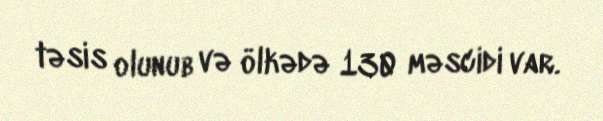
təsis olunub və ölkədə 130 məscidi var.